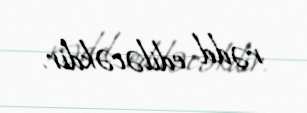
rədd ediləcəkdir.